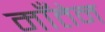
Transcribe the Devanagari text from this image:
माँतेन